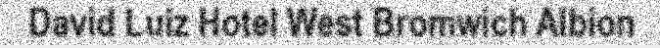
David Luiz Hotel West Bromwich Albion